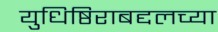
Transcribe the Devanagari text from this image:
युधिष्ठिराबद्दलच्या